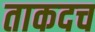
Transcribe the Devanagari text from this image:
ताकदच